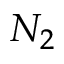
N _ { 2 }